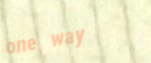
one way